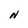
Character: N